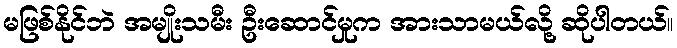
မဖြစ်နိုင်ဘဲ အမျိုးသမီး ဦးဆောင်မှုက အားသာမယ်လို့ ဆိုပါတယ်။